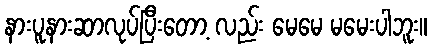
နားပူနားဆာလုပ်ပြီးတော့ လည်း မေမေ မမေးပါဘူး။